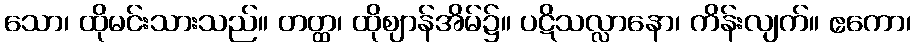
သော၊ ထိုမင်းသားသည်။ တတ္ထ၊ ထိုဈာန်အိမ်၌။ ပဋိသလ္လာနော၊ ကိန်းလျက်။ ဧကော၊